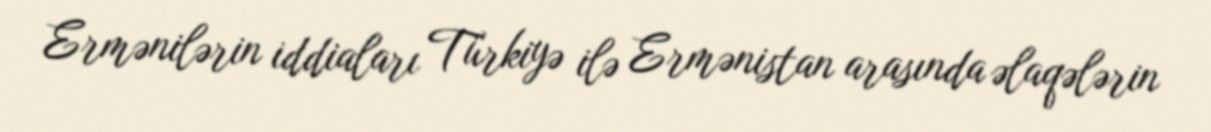
Ermənilərin iddiaları Türkiyə ilə Ermənistan arasında əlaqələrin